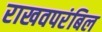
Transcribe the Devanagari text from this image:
राखवपरंबिल